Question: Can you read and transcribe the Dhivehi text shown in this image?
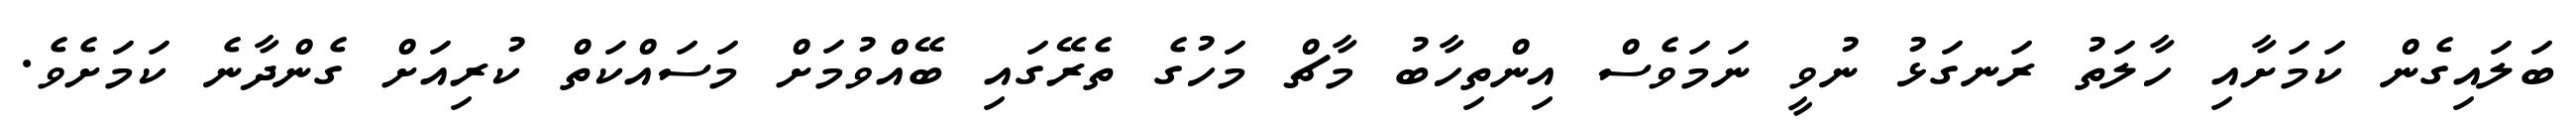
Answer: ބަލައިގެން ކަމަށާއި ހާލަތު ރަނގަޅު ނުވީ ނަމަވެސް އިންތިހާބު މާޗް މަހުގެ ތެރޭގައި ބޭއްވުމަށް މަސައްކަތް ކުރިއަށް ގެންދާނެ ކަމަށެވެ.